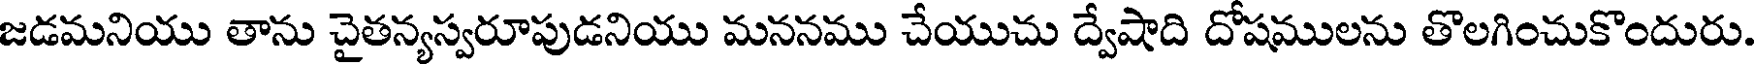
జడమనియు తాను చైతన్యస్వరూపుడనియు మననము చేయుచు ద్వేషాది దోషములను తొలగించుకొందురు.